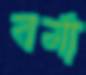
বর্মা